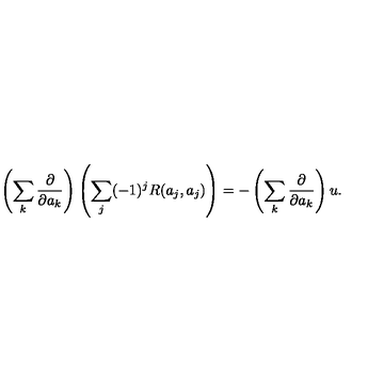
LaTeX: \left( \sum _ { k } { \frac { \partial } { \partial a _ { k } } } \right) \left( \sum _ { j } ( - 1 ) ^ { j } R ( a _ { j } , a _ { j } ) \right) = - \left( \sum _ { k } { \frac { \partial } { \partial a _ { k } } } \right) u .